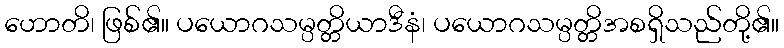
ဟောတိ၊ ဖြစ်၏။ ပယောဂသမ္ပတ္တိယာဒီနံ၊ ပယောဂသမ္ပတ္တိအစရှိသည်တို့၏။